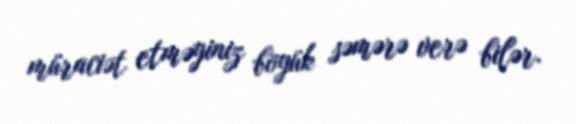
müraciət etməyiniz böyük səmərə verə bilər.